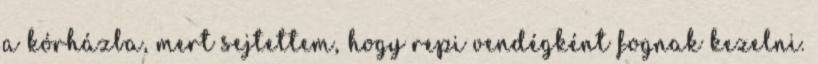
a kórházba, mert sejtettem, hogy repi vendégként fognak kezelni.